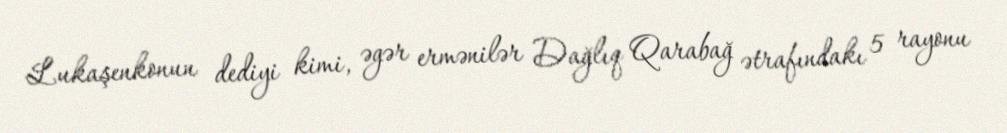
Lukaşenkonun dediyi kimi, əgər ermənilər Dağlıq Qarabağ ətrafındakı 5 rayonu